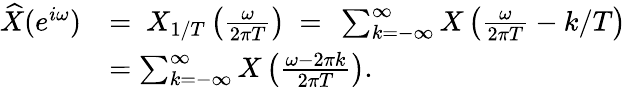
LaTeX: {\begin{array}{rl}{{\widehat{X}}(e^{i\omega})}&{=\ X_{1/T}\left({\frac{\omega}{2\pi T}}\right)\ =\ \sum_{k=-\infty}^{\infty}X\left({\frac{\omega}{2\pi T}}-k/T\right)}\\ &{=\sum_{k=-\infty}^{\infty}X\left({\frac{\omega-2\pi k}{2\pi T}}\right).}\end{array}}